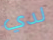
لدي